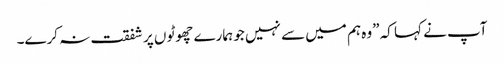
آپ نے کہا کہ ”وہ ہم میں سے نہیں جو ہمارے چھوٹو ں پر شفقت نہ کرے۔